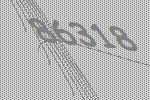
86318